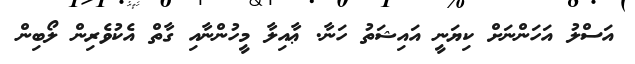
އަސްލު އަހަންނަށް ކިޔަނީ އައިޝަތު ހަނާ. ޢާއިލާ މީހުންނާއި ގާތް އެކުވެރިން ލޯބިން